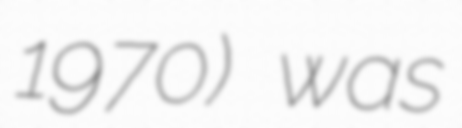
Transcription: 1970) was